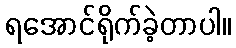
ရအောင်ရိုက်ခဲ့တာပါ။